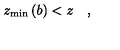
z _ { \min } \left( b \right) < z \quad ,